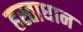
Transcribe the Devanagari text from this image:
हस्ताधान